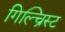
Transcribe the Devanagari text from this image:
गिल्च्रिस्ट